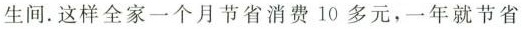
生间。这样全家一个月节省消费10多元，一年就节省